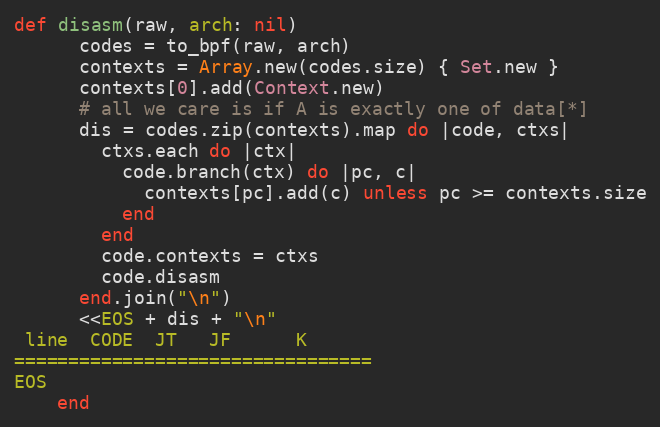
Language: Ruby
def disasm(raw, arch: nil)
      codes = to_bpf(raw, arch)
      contexts = Array.new(codes.size) { Set.new }
      contexts[0].add(Context.new)
      # all we care is if A is exactly one of data[*]
      dis = codes.zip(contexts).map do |code, ctxs|
        ctxs.each do |ctx|
          code.branch(ctx) do |pc, c|
            contexts[pc].add(c) unless pc >= contexts.size
          end
        end
        code.contexts = ctxs
        code.disasm
      end.join("\n")
      <<EOS + dis + "\n"
 line  CODE  JT   JF      K
=================================
EOS
    end